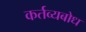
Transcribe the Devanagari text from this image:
कर्तव्यबोध